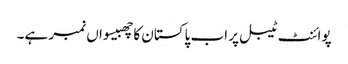
پوائنٹ ٹیبل پر اب پاکستان کا چھبیسواں نمبر ہے۔